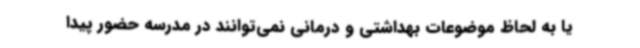
یا به لحاظ موضوعات بهداشتی و درمانی نمی‌توانند در مدرسه حضور پیدا